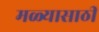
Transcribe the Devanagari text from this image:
मळ्यासाठी